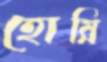
হোয়ি